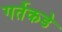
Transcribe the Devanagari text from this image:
गर्तेकडे